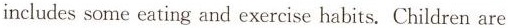
includessome eating and exercise habits. Children are